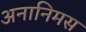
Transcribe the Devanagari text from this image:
अनानिमस